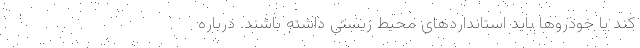
کند یا خودرو‌ها باید استاندارد‌های محیط زیستی داشته باشند. درباره